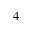
^ 4